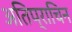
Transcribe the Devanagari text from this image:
अतिप्राचिन